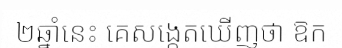
២ឆ្នាំនេះ គេសង្កេតឃើញថា ឱក